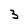
Character: 3